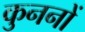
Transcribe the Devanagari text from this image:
कुननों